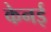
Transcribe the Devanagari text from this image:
केनई